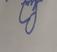
Signature authenticity: forged